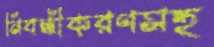
নিবন্ধীকরণসহ